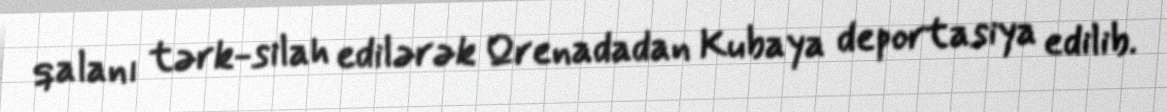
qalanı tərk-silah edilərək Qrenadadan Kubaya deportasiya edilib.